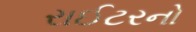
રાઈટરનો